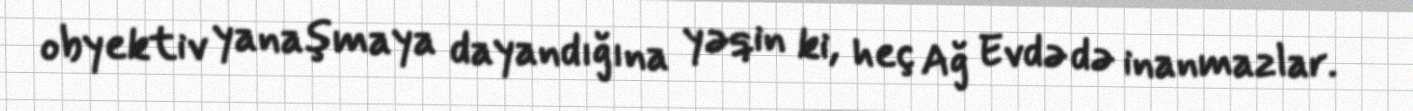
obyektiv yanaşmaya dayandığına yəqin ki, heç Ağ Evdə də inanmazlar.